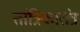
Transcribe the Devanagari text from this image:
तांत्रिकातंत्र